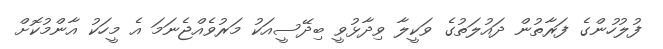
ފުލުހުންގެ ފަރާތުން ދައުލަތުގެ ވަކީލާ ވިދާޅުވީ ބިދޭސީއަކު މަރުވެއްޖެނަމަ އެ މީހަކު އާންމުކޮށް